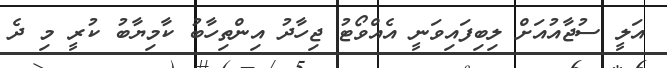
އަލީ ސުޖާއުއަށް ލިބިފައިވަނީ އެއްވޯޓު ޖިހާދު އިންތިހާބު ކާމިޔާބު ކުރީ މި ދެ